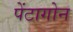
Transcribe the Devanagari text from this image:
पेंटागोन